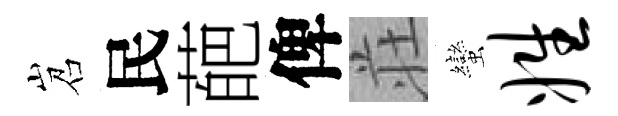
岧民葩俾荘蠻姓